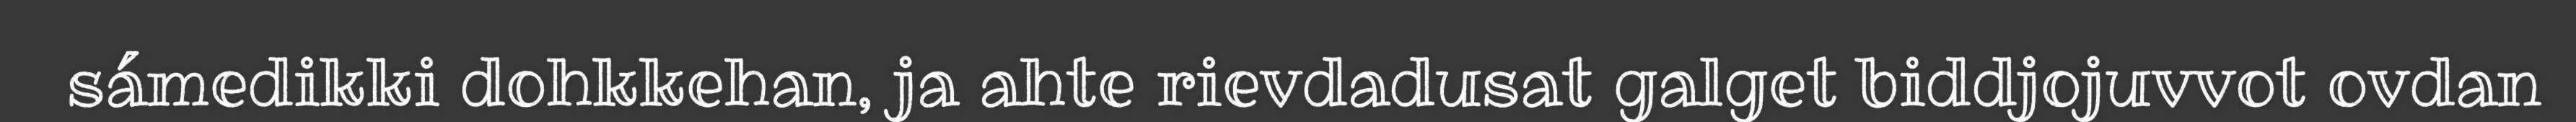
sámedikki dohkkehan, ja ahte rievdadusat galget biddjojuvvot ovdan